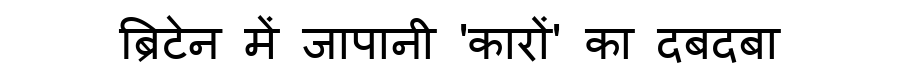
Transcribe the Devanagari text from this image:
ब्रिटेन में जापानी 'कारों' का दबदबा